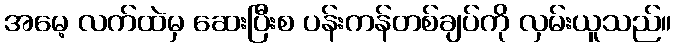
အမေ့ လက်ထဲမှ ဆေးပြီးစ ပန်းကန်တစ်ချပ်ကို လှမ်းယူသည်။